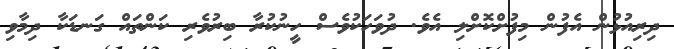
ދިރިއުޅުން އެފުން މިފުށްކޮށްލި އެވެ. ދުވަހަކުވެސް ހީނުކުރާ ބިރުވެރި ކަންތައް ގަނޑަކާ ދިމާވި